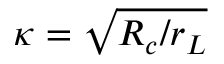
\kappa = \sqrt { R _ { c } / r _ { L } }